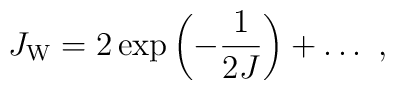
J_{\rm W} = 2\exp\left(-{1\over 2J}\right) + \ldots~,